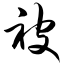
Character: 被